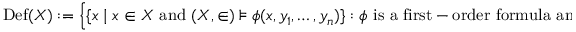
\operatorname { D e f } ( X ) : = { \Bigl \{ } \{ x \mid x \in X { \mathrm { ~ a n d ~ } } ( X , \in ) \models \phi ( x , y _ { 1 } , \ldots , y _ { n } ) \} : \phi { \mathrm { ~ i s ~ a ~ f i r s t - o r d e r ~ f o r m u l a ~ a n d ~ } } y _ { 1 } , \ldots , y _ { n } \in X { \Bigr \} } .